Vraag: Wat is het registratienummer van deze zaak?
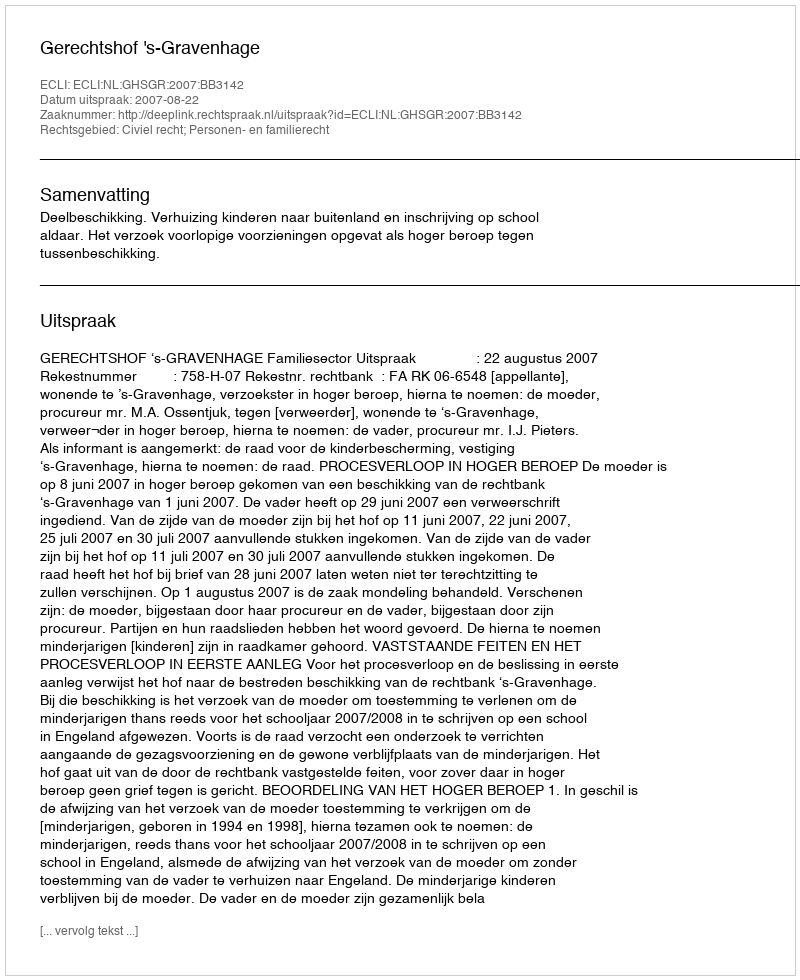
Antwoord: http://deeplink.rechtspraak.nl/uitspraak?id=ECLI:NL:GHSGR:2007:BB3142